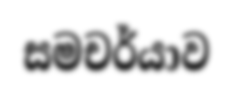
සමචර්යාව